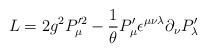
LaTeX: \begin{align*}{\sl L} = 2 g^2 P^{\prime 2}_{\mu} - {1 \over {\theta}} P^{\prime}_\mu \epsilon^{\mu \nu \lambda} \partial_\nu P^{\prime}_\lambda\end{align*}